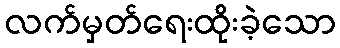
လက်မှတ်ရေးထိုးခဲ့သော